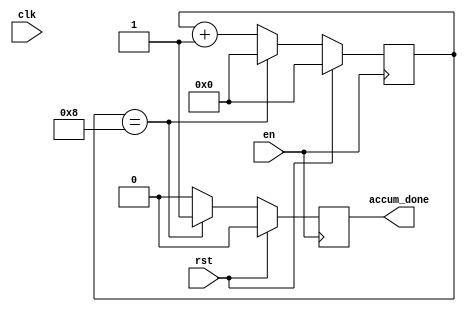
module Accum_count (
input wire rst,
input wire clk,
input wire en,
output wire accum_done
);

reg [3:0] cnt;
reg accum_done_r;

always @ (posedge en) begin
    if(rst == 1) begin
        cnt <= 0;
        accum_done_r <= 0;
    end
    else if (cnt == 8) begin
        cnt <= 0;
        accum_done_r <= 1;
    end
    else begin
        cnt <= cnt + 1;
        accum_done_r <= 0;
    end
end

assign accum_done = accum_done_r;

endmodule